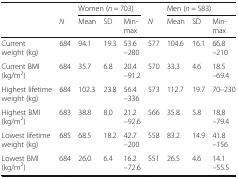
| <ROWSPAN=2>  |  | <COLSPAN=3> Women (n = 703) |  | <COLSPAN=3> Men (n = 583) |
 | N | Mean | SD | Min-max | N | Mean | SD | Min-max |
 | --- | --- | --- | --- | --- | --- | --- | --- | --- |
 | Current weight (kg) | 684 | 94.1 | 19.3 | 53.6–280 | 577 | 104.6 | 16.1 | 66.8–210 |
 | Current BMI (kg/m2) | 684 | 35.7 | 6.8 | 20.4–91.2 | 570 | 33.3 | 4.6 | 18.5–69.4 |
 | Highest lifetime weight (kg) | 684 | 102.3 | 23.8 | 56.4–336 | 573 | 112.7 | 19.7 | 70–230 |
 | Highest BMI (kg/m2) | 683 | 38.8 | 8.0 | 21.2–92.6 | 566 | 35.8 | 5.8 | 18.8–79.4 |
 | Lowest lifetime weight (kg) | 685 | 68.5 | 18.2 | 42.7–200 | 558 | 83.2 | 14.9 | 41.8–156 |
 | Lowest BMI (kg/m2) | 684 | 26.0 | 6.4 | 16.2–72.6 | 551 | 26.5 | 4.6 | 14.1–55.5 |